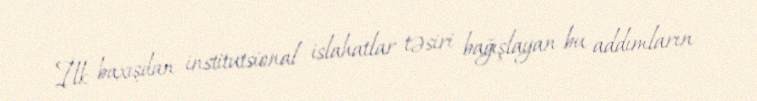
İlk baxışdan institutsional islahatlar təsiri bağışlayan bu addımların